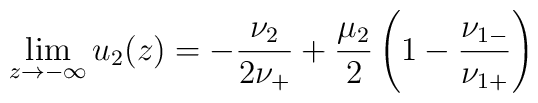
\lim_{z\to-\infty}u_2(z)=-\frac{\nu_2}{2\nu_+}+\frac{\mu_2}{2}\left(1-\frac{\nu_{1-}}{\nu_{1+}}\right)